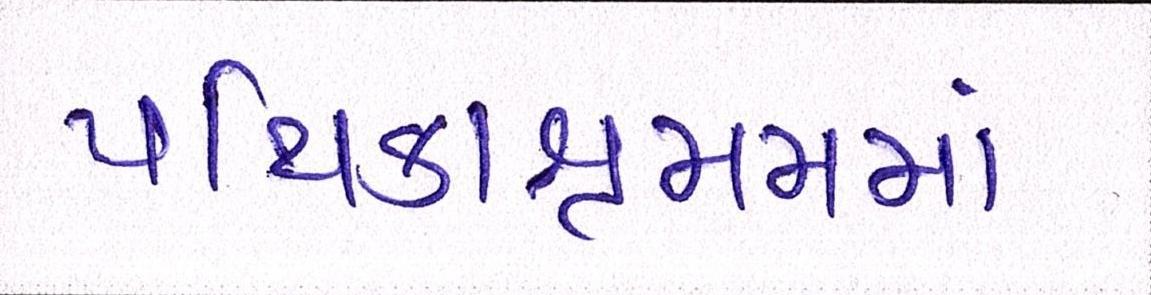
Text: પથિકાશ્રમમાં